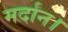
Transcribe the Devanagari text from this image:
मर्दान।